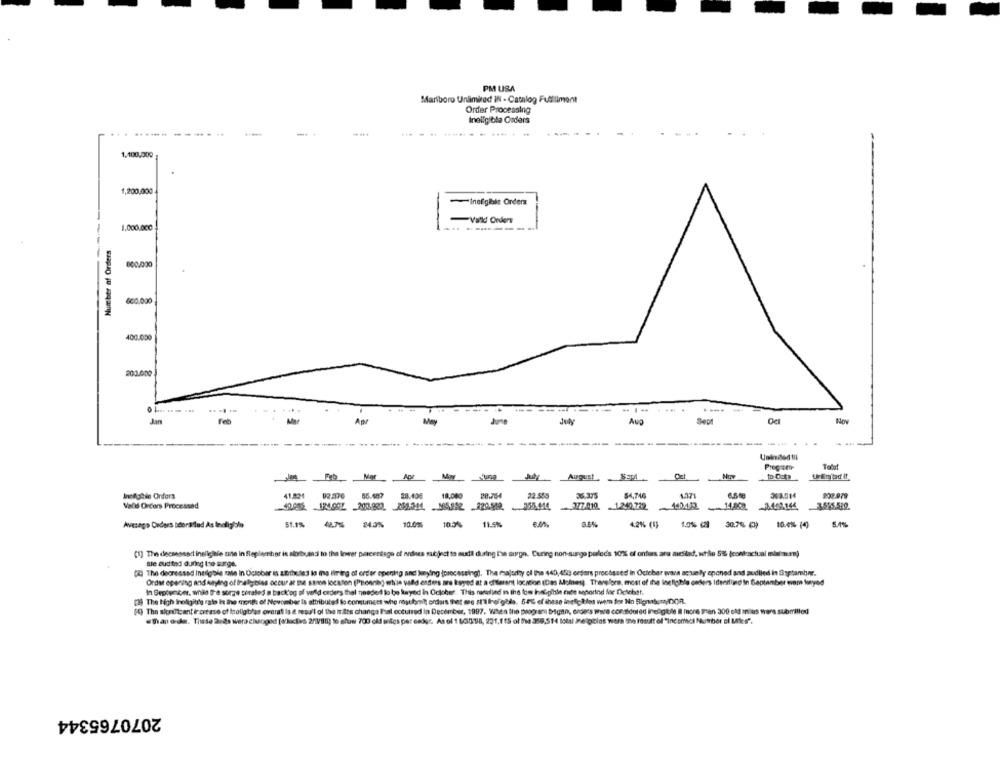
PM USA
Marlboro Unlimited IN - Catalog Fullliment
Order Processing
Ineilgibla Orders
... .... ..
1.100.000
1,200,000
Inefiglie Orders
-
Vall! Orders
1,000,0cc
--
Number of Orders
800,000
660,000
400.000
200.000
.--.
Jan
Feb
June
July
Aug
Sept
-------
.44
Pregam
Apr
Nuv
Inmeghie Orders
41.424
85.487
28.408
18,000
28.754
22.555
36.375
54,746
1.171
6.5te
302.514
202.979
Wald Orcers Processad
1240,722.
Avezago Daders Idoraflad As Inoligido
51.1%
42.7% 24.3%
10.00%
10.5%
11.5%
8.6%
4.2% (1)
1.0% ( 30.7% ()
10.4% (4)
(1) The deesesnart ineligible ente in Reglamiher in skorbuend to the lower pressiage of ordnes subject to sull during a sign. Curing non surgo porled's 10% of onfors ara mieslad. wtle 5% (conkactual mien.mm)
Ble audited during too surge.
(2) The degressad ineilgible male in October is attributed lo iha lirirg of order opening and keying (processing). The majodny of the 440,453 orders procasaed in Oclcbar wara aquely anched and audiied in Saptambynr.
Order opening and sayleg of Inalgibles occur at me sann location (Phonnig) while vald endtees are koyed at a chilerent location (Des Moines). Therefore, most of the ineligible ceders Ideerlied in September wvm hunyad
In Beptuncer, whis D'e surze ciraled a back'og of veld ceders thel needed to be keyed in October. This ratelied in the tow hetgible ende seforind for Delehet.
[39 The High Ineligit's rate it the month: of November Is attributed lo comumges who resubmit orduis that mes st 1 frelgilda. 50% of these inefc ?es wem for No SignburyDOR.
[9) The skriftcent increase of tollgibles overati Is a result of the tri&ts changa Ihal occurred in December, 1997. When the program Digan, orders were considered Ineligible Il more than 300 old m us wara subrillod
=Than orde. These 2uds wera changed [d'loclivs 2/V !!! ) to slow 700 old wigs per cegr. As of 1 13098, 231,115 of the ase,514 total Me polos wers the result of "Incomact Nowbor ci Mk s".
2070765344